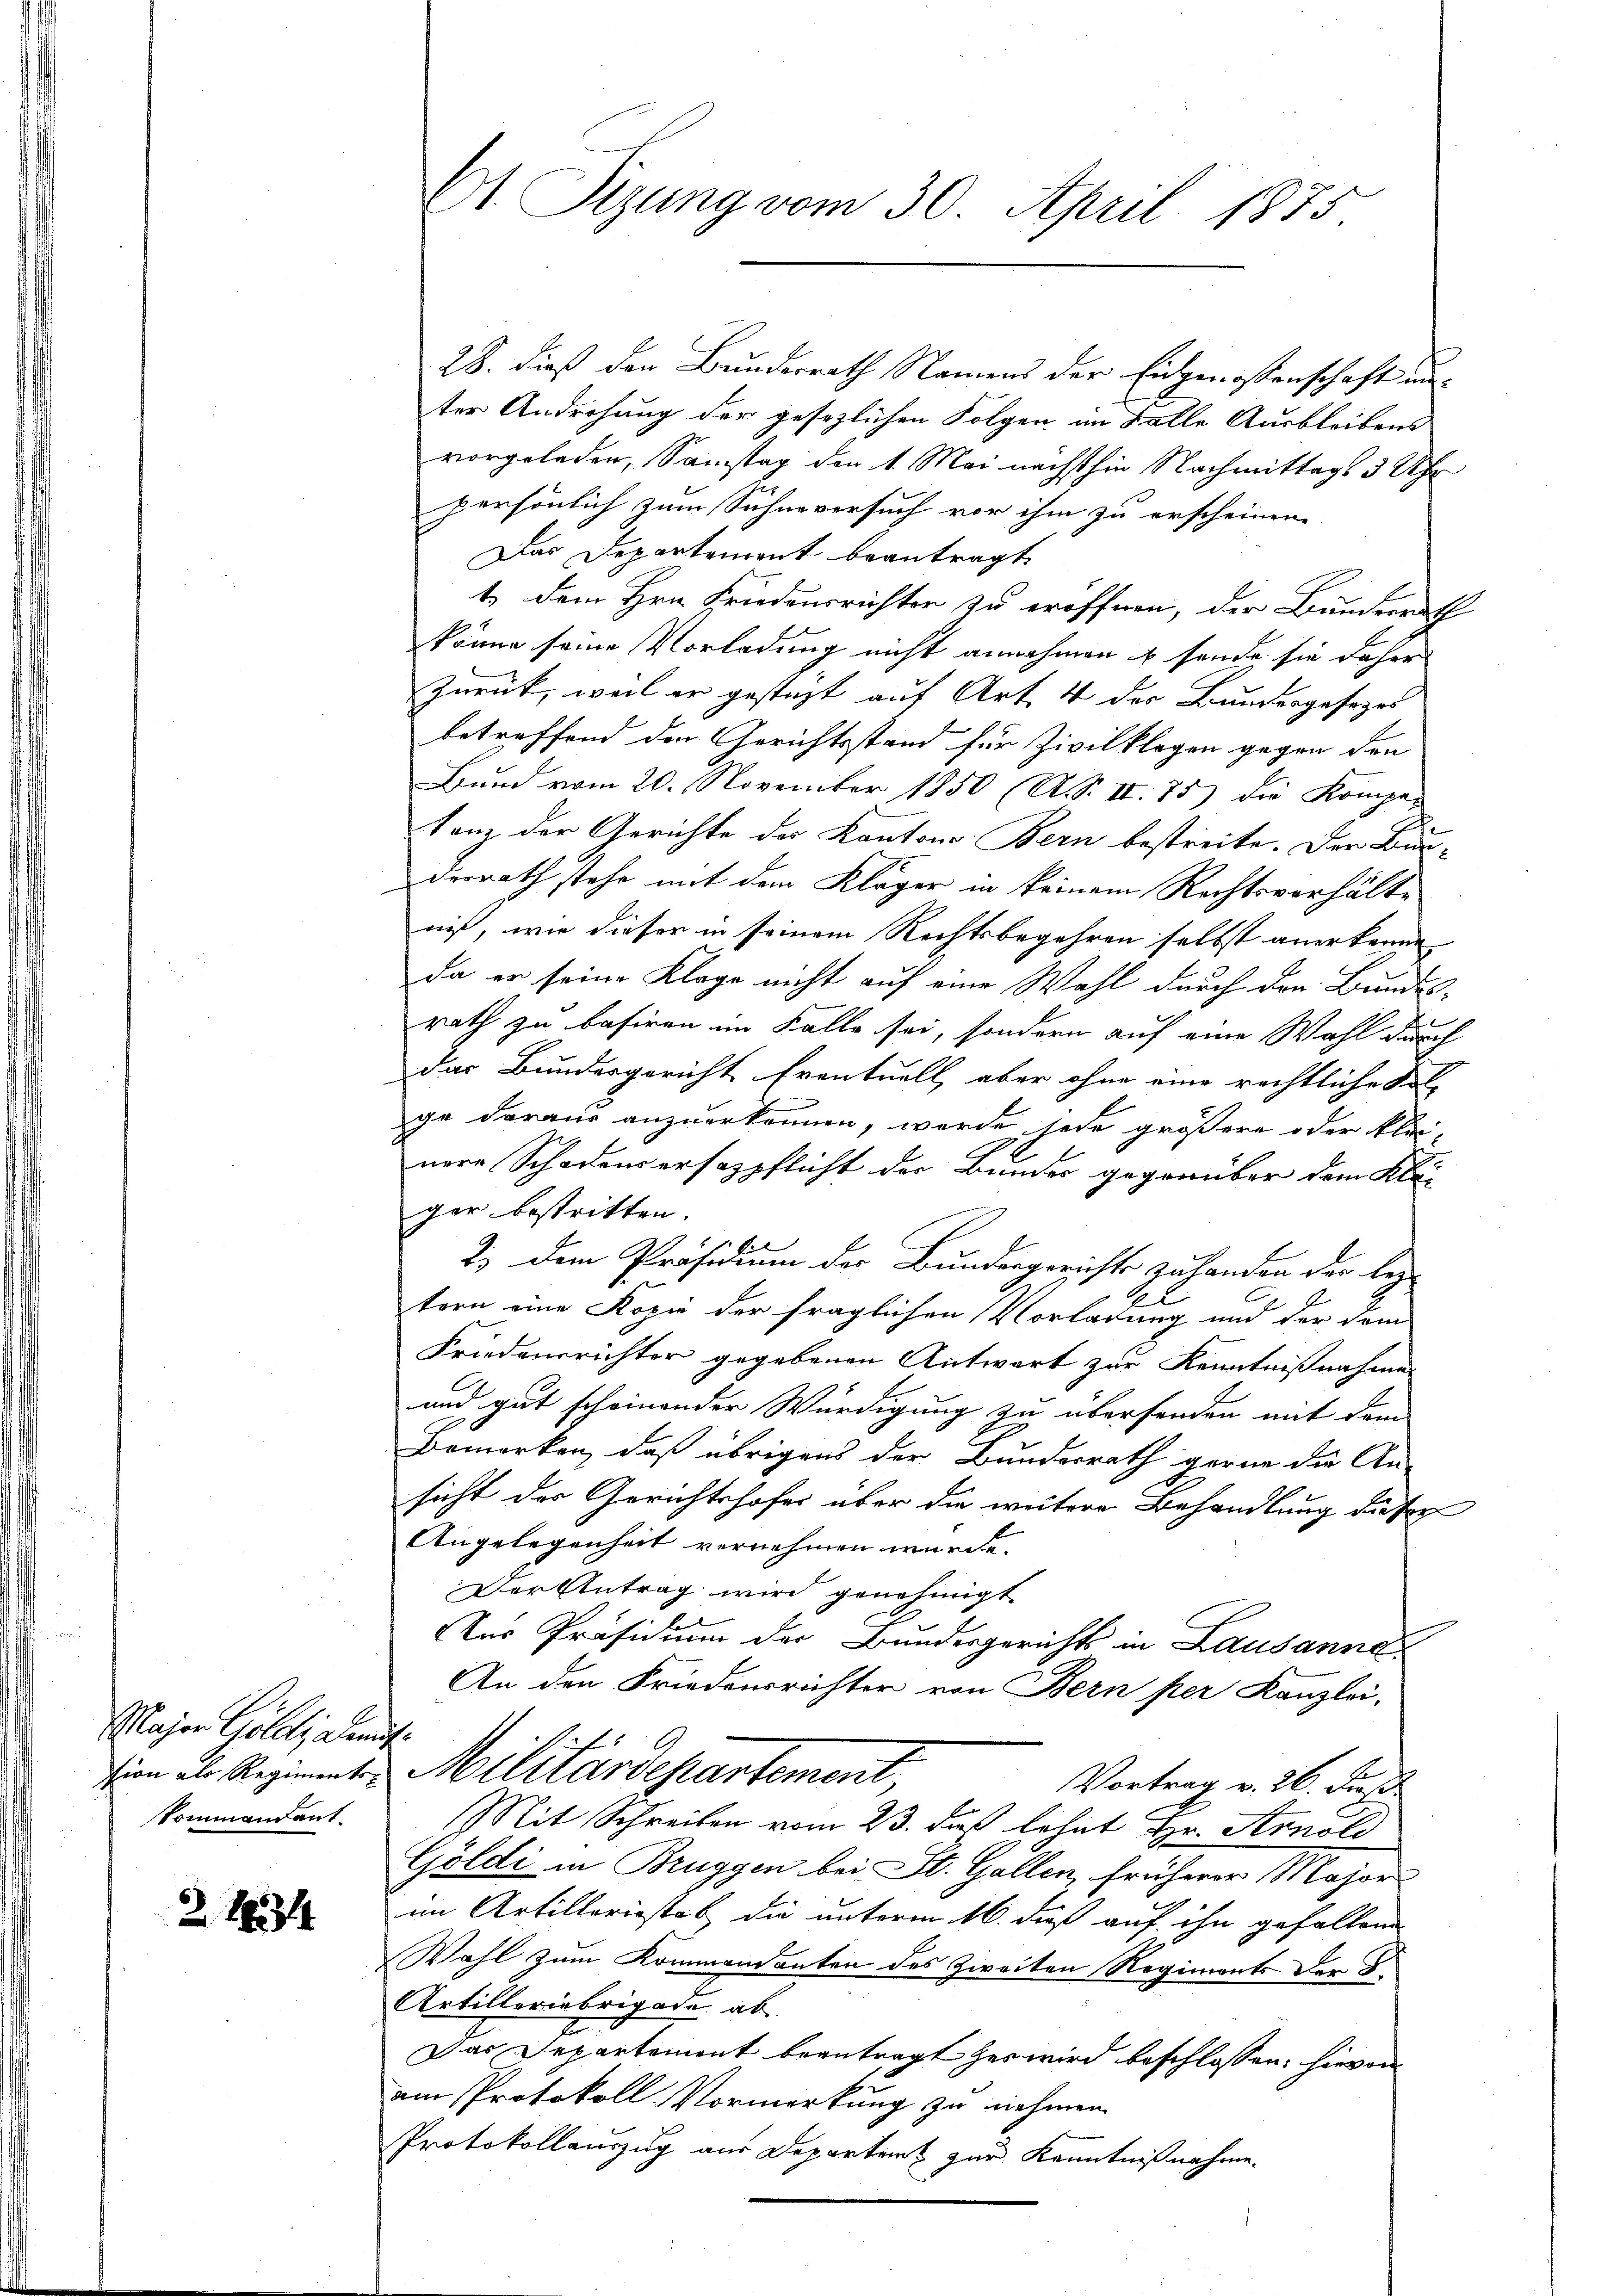
Glasern Goldt, gleit.
Sommandant

Z 16314

61 Sizung vom 30. April 1875

28. dieß den Bundesrath Namens der Eidgenossenschaft unter Androhung der gesezlichen Folgen im Falle Ausbleibens
vorgeladen, Samstag der 1. Mai nächsthin Nachmittags 3 Uhr
persönlich zum Sühne versuch vor ihm zu erscheinen.
Das Departement beantragt,
t dem Hrn. Friedensrichter zu eröffnen, der Bunderrath
könne seine Vorladung nicht annehmen u sende sie daher
Zurück, weil er gesteht auf Art 4 der Bundesgesezes
betreffend den Gerichtsstand für Zivilklagen gegen den
Bund vom 20. November 1850 (A. S. II. 75) die Kompar
tanz der Gerichte des Kantons Bern bestreite. Der Bun-
derrath stehe mit dem Kläger in keinem Rechtsverhälte
niß, wie dieser in seinem Rechtsbegehren selbst anerkenne
da er seine Klage nicht auf eine Wahl durch den Bundes-
rath zu basiren im Falle sei, sondern auf eine Wahl durch
das Bundesgericht Eventuell, aber ohne eine rechtliche Fol-
ge daraus anzuerkennen, wurde jede größere oder klei-
nere Schadensersazpflicht der Bundes gegenüber dem Kle-
ger bestritten.
2.) Dem Präsidium der Bundesgerichts zu handen der bez
l
tern eine Kopie der fraglichen Vorladung und der dem
Friedensrichter gegebenen Antwort zur Kenntnißnahme
und gut scheinender Würdigung zu übersenden mit dem
Bemerken, daß übrigens der Bundesrath gerne die An-
sicht der Gerichtshofes aber die weitere Behandlung dieser
Angelegenheit vernehmen würde.
Der Antrag wird genehmigt
Aus Präsidium der Bundesgerichts in Lausanne¬
An den Friedensrichter von Bern per Kanzlei-
sien als Regiment. Militärdepartement,
Vortrag v. 26. Fuß
Mit Schreiben vom 23. daß lehnt Hr. Arnold
Göldi in Bruggen bei St. Gallen, früherer Major
im Artilleriestab, die unterm 16. daß auf ihn gefallen
Wahl zum Kommendanten des Zweiten Regiments der F.
Artilleriebrigade ab
Das Departement beantragt her wird beschlossen: hievon
am Protokoll Vormerkung zu nehmen.
Protokollauszug aus Departet zur Kenntnißnahme.